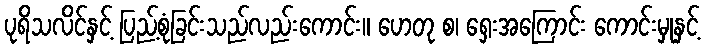
ပုရိသလိင်နှင့် ပြည့်စုံခြင်းသည်လည်းကောင်း။ ဟေတု စ၊ ရှေးအကြောင်း ကောင်းမှုနှင့်